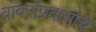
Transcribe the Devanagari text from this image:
वाक्संप्रदायांचे